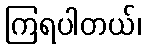
ကြရပါတယ်၊